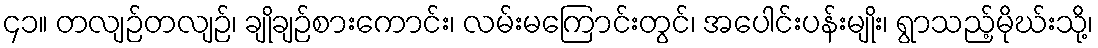
၄၁။ တလျဉ်တလျဉ်၊ ချိုချဉ်စားကောင်း၊ လမ်းမကြောင်းတွင်၊ အပေါင်းပန်းမျိုး၊ ရွာသည့်မိုဃ်းသို့၊